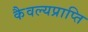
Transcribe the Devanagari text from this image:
कैवल्यप्राप्ति